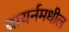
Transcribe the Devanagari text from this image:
बायर्नमधील